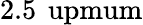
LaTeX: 2.5\, \mathrm{\ upmum}